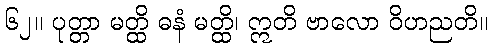
၆၂။ ပုတ္တာ မတ္ထိ ဓနံ မတ္ထိ၊ ဣတိ ဗာလော ဝိဟညတိ။